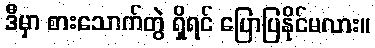
ဒီမှာ စားသောက်တွဲ ရှိရင် ပြောပြနိုင်မလား။